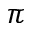
\pi